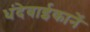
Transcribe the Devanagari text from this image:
धंदेवाईकानें